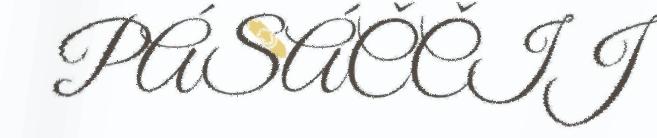
PÁSÁČČIJ